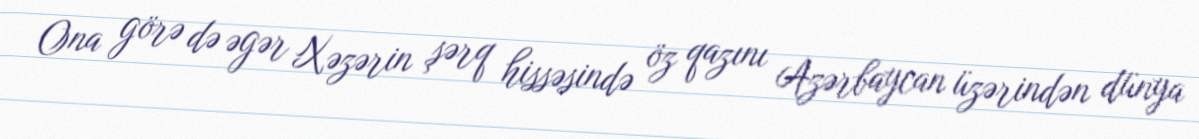
Ona görə də əgər Xəzərin şərq hissəsində öz qazını Azərbaycan üzərindən dünya